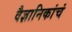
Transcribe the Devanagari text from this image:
वैज्ञानिकांचं